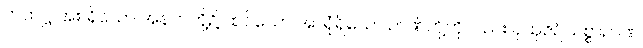
တထဋ္ဌ အစရှိသော အနက်တို့၌ ထင်သော အာရုံရှိသော ဉာဏ်တို့ကိုလည်း ပုထုဇဉ်သစ္စာဉာဏ်